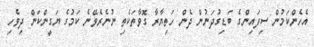
އެހެންކަމުން ސިފައިންގެ ބަޑިގުދަނުން ދެން ހަތިޔާރާ ގޮވާތަކެތި ނުނެރެވޭނެ ކަމުގެ ޔަގީންކަން ދިވެހި